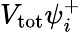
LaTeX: V_{\mathrm{tot}}\psi_{i}^{+}